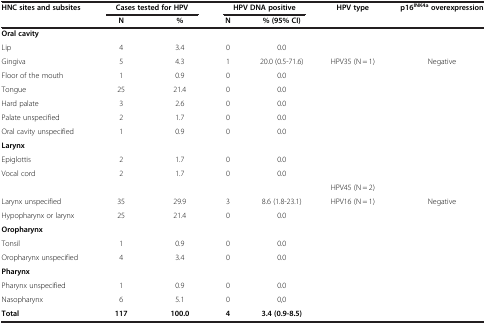
| HNC sites and subsites | <COLSPAN=2> Cases tested for HPV | <COLSPAN=2> HPV DNA positive | HPV type | p16INK4a overexpression |
 |  | N | % | N | % (95% CI) |  |  |
 | --- | --- | --- | --- | --- | --- | --- |
 | Oral cavity |  |  |  |  |  |  |
 | Lip | 4 | 3.4 | 0 | 0.0 |  |  |
 | Gingiva | 5 | 4.3 | 1 | 20.0 (0.5-71.6) | HPV35 (N = 1) | Negative |
 | Floor of the mouth | 1 | 0.9 | 0 | 0.0 |  |  |
 | Tongue | 25 | 21.4 | 0 | 0.0 |  |  |
 | Hard palate | 3 | 2.6 | 0 | 0.0 |  |  |
 | Palate unspecified | 2 | 1.7 | 0 | 0.0 |  |  |
 | Oral cavity unspecified | 1 | 0.9 | 0 | 0.0 |  |  |
 | Larynx |  |  |  |  |  |  |
 | Epiglottis | 2 | 1.7 | 0 | 0.0 |  |  |
 | Vocal cord | 2 | 1.7 | 0 | 0.0 |  |  |
 |  |  |  |  |  | HPV45 (N = 2) |  |
 | Larynx unspecified | 35 | 29.9 | 3 | 8.6 (1.8-23.1) | HPV16 (N = 1) | Negative |
 | Hypopharynx or larynx | 25 | 21.4 | 0 | 0.0 |  |  |
 | Oropharynx |  |  |  |  |  |  |
 | Tonsil | 1 | 0.9 | 0 | 0.0 |  |  |
 | Oropharynx unspecified | 4 | 3.4 | 0 | 0.0 |  |  |
 | Pharynx |  |  |  |  |  |  |
 | Pharynx unspecified | 1 | 0.9 | 0 | 0.0 |  |  |
 | Nasopharynx | 6 | 5.1 | 0 | 0,0 |  |  |
 | Total | 117 | 100.0 | 4 | 3.4 (0.9-8.5) |  |  |